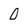
Character: 0